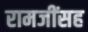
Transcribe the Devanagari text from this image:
रामजींसह